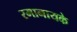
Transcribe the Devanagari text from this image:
रमानायके